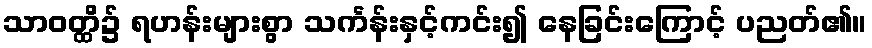
သာဝတ္ထိ၌ ရဟန်းများစွာ သင်္ကန်းနှင့်ကင်း၍ နေခြင်းကြောင့် ပညတ်၏။